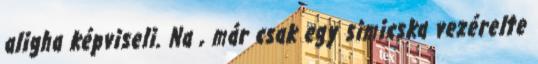
aligha képviseli. Na , már csak egy simicska vezérelte